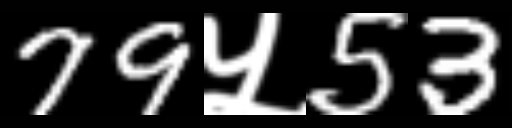
Text: 79५53